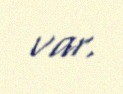
var.